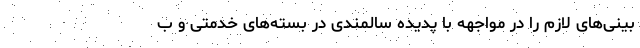
بینی‌های لازم را در مواجهه با پدیده سالمندی در بسته‌های خدمتی و ب